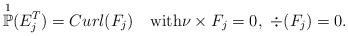
LaTeX: \begin{align*}\overset{1}{\mathbb{P}}(E^T_j)=Curl (F_j)\quad\mbox{with}\nu\times F_j=0,\ \div(F_j)=0.\end{align*}